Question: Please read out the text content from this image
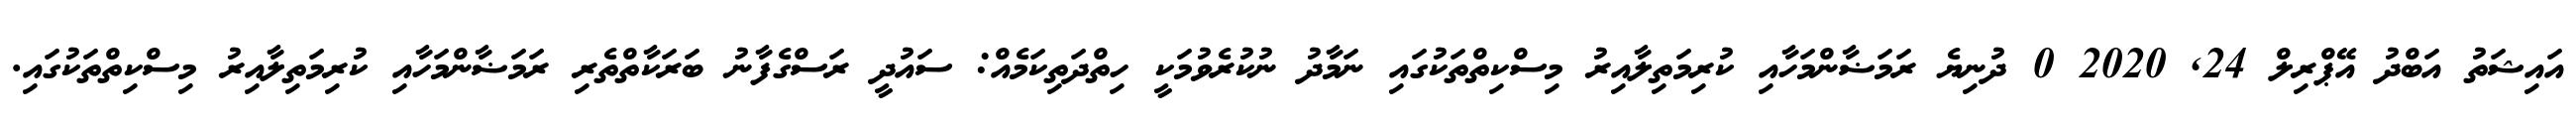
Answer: އައިޝަތު އަބްދު އޭޕްރިލް 24, 2020 0 ދުނިޔެ ރަމަޟާންމަހާއި ކުރިމަތިލާއިރު މިސްކިތްތަކުގައި ނަމާދު ނުކުރެވުމަކީ ހިތްދަތިކަމެއް: ސައުދީ ރަސްގެފާނު ބަރަކާތްތެރި ރަމަޟާންމަހާއި ކުރިމަތިލާއިރު މިސްކިތްތަކުގައި.